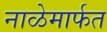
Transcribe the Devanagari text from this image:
नाळेमार्फत